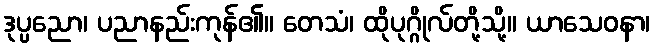
ဒုပ္ပညော၊ ပညာနည်းကုန်၏။ တေသံ၊ ထိုပုဂ္ဂိုလ်တို့သို့။ ယာသေဝနာ၊